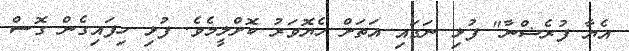
އެޔާ ފުރެޝްނާ" ފުޅި ނަގައި އަތަށް ހެޔޮވަރު ކޮށްލީމެވެ. ފުޅި ހިފައިގެން ގޮސް